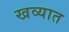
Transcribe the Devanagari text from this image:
खव्यात